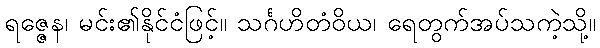
ရဇ္ဇေန၊ မင်း၏နိုင်ငံဖြင့်။ သင်္ဂဟိတံဝိယ၊ ရေတွက်အပ်သကဲ့သို့။